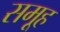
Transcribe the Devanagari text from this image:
समूूह